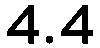
4.4